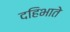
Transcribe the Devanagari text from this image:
दहिभाते